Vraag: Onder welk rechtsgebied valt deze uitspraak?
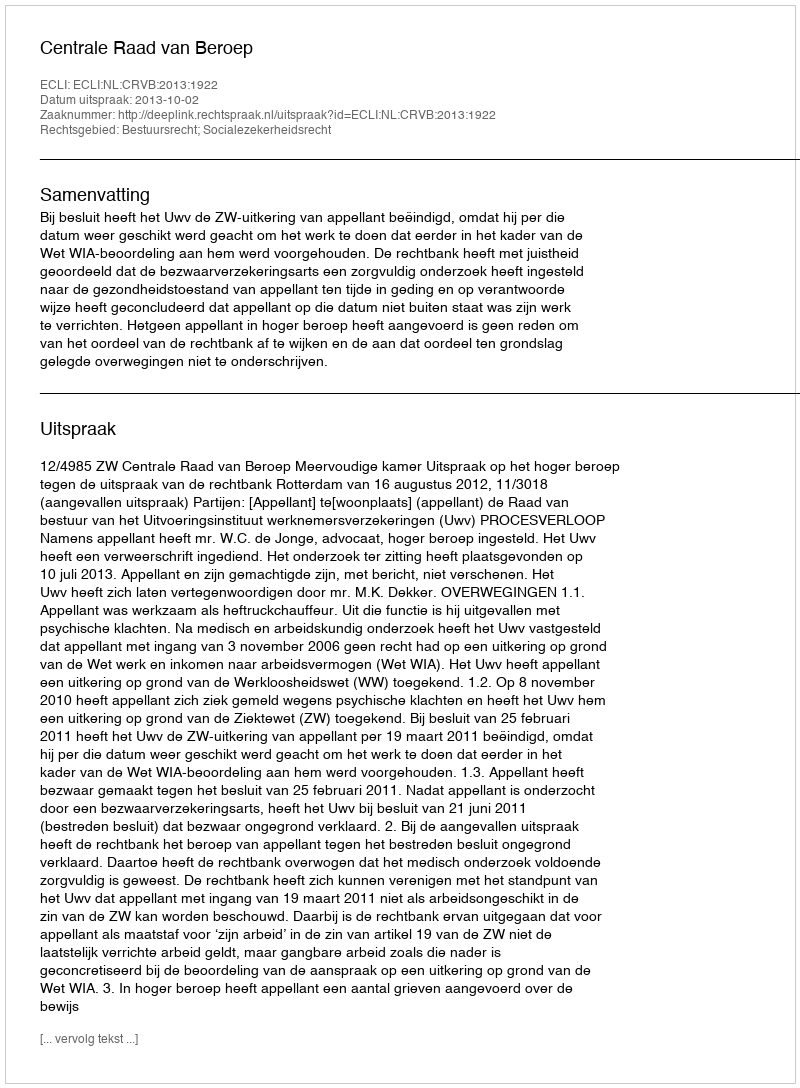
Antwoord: Bestuursrecht; Socialezekerheidsrecht